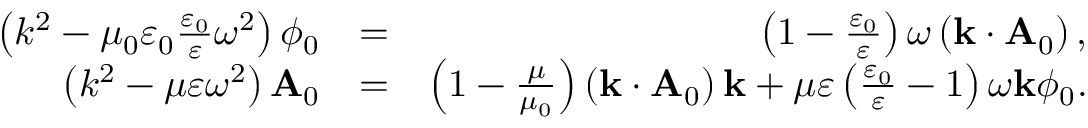
\begin{array} { r l r } { \left( k ^ { 2 } - \mu _ { 0 } \varepsilon _ { 0 } \frac { \varepsilon _ { 0 } } { \varepsilon } \omega ^ { 2 } \right) \phi _ { 0 } } & { = } & { \left( 1 - \frac { \varepsilon _ { 0 } } { \varepsilon } \right) \omega \left( \mathbf { k } \cdot \mathbf { A } _ { 0 } \right) , } \\ { \left( k ^ { 2 } - \mu \varepsilon \omega ^ { 2 } \right) \mathbf { A } _ { 0 } } & { = } & { \left( 1 - \frac { \mu } { \mu _ { 0 } } \right) \left( \mathbf { k } \cdot \mathbf { A } _ { 0 } \right) \mathbf { k } + \mu \varepsilon \left( \frac { \varepsilon _ { 0 } } { \varepsilon } - 1 \right) \omega \mathbf { k } \phi _ { 0 } . } \end{array}